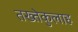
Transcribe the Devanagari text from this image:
तख्तेकुलाह